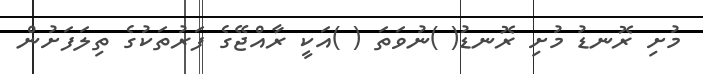
މުށި ރޮނޑު މުށި ރޮނޑު( )ނުވަތަ ( )އަކީ ރާއްޖޭގެ ފަރުތަކުގެ ތިލަފަށުން